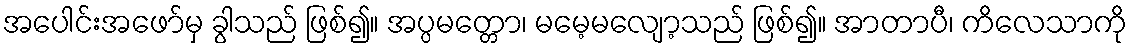
အပေါင်းအဖော်မှ ခွါသည် ဖြစ်၍။ အပ္ပမတ္တော၊ မမေ့မလျော့သည် ဖြစ်၍။ အာတာပီ၊ ကိလေသာကို